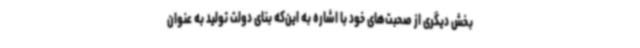
بخش دیگری از صحبت‌های خود با اشاره به این‌که بنای دولت تولید به عنوان